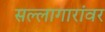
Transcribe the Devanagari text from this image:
सल्लागारांवर